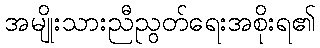
အမျိုးသားညီညွတ်ရေးအစိုးရ၏